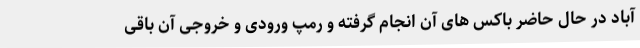
آباد در حال حاضر باکس های آن انجام گرفته و رمپ ورودی و خروجی آن باقی